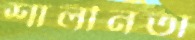
শালীনতা